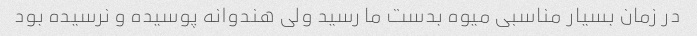
در زمان بسیار مناسبی میوه بدست ما رسید ولی هندوانه پوسیده و نرسیده بود